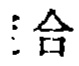
\(\triangle\square\)